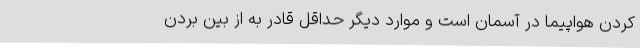
کردن هواپیما در آسمان است و موارد دیگر حداقل قادر به از بین بردن